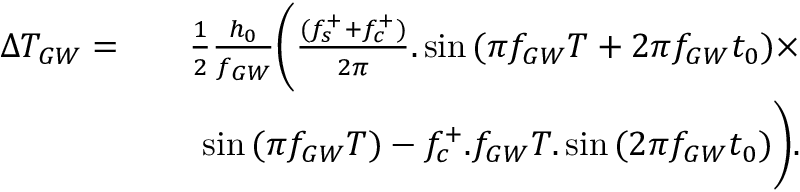
\begin{array} { r l r } { \Delta T _ { G W } = } & { } & { \frac { 1 } { 2 } \frac { h _ { 0 } } { f _ { G W } } \Biggl ( \frac { ( f _ { s } ^ { + } + f _ { c } ^ { + } ) } { 2 \pi } . \sin { ( \pi f _ { G W } T + 2 \pi f _ { G W } t _ { 0 } ) } \times } \\ & { } & { \sin { ( \pi f _ { G W } T ) } - f _ { c } ^ { + } . f _ { G W } T . \sin { ( 2 \pi f _ { G W } t _ { 0 } ) \Biggr ) } . } \end{array}